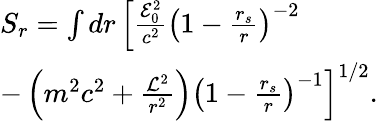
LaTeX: \begin{array}{l}{S_{r}=\int dr\left[\frac{{\cal{E}}_{0}^{2}}{c^{2}}\left(1-\frac{r_{s}}{r}\right)^{-2}\right.}\\ {\left.-\left(m^{2}c^{2}+\frac{{\cal{L}}^{2}}{r^{2}}\right)\left(1-\frac{r_{s}}{r}\right)^{-1}\right]^{1/2}.}\end{array}